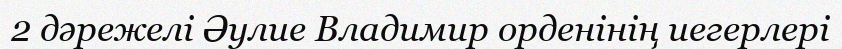
2 дәрежелі Әулие Владимир орденінің иегерлері